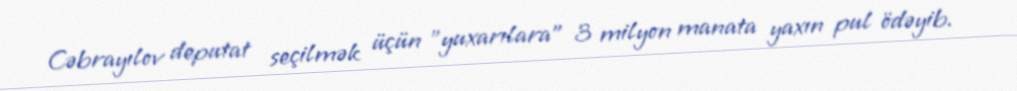
Cəbrayılov deputat seçilmək üçün ”yuxarılara" 3 milyon manata yaxın pul ödəyib.